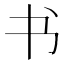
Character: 书